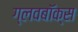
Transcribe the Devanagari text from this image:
ग्लवबॉक्स